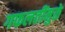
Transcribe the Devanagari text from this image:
गफलतींमुळे